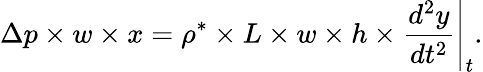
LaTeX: \Delta p\times w\times x=\rho^{*}\times L\times w\times h\times\frac{d^{2}y}{dt^{2}}\Bigg\rvert_{t}.